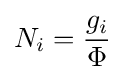
N_{i}={\frac {g_{i}}{\Phi }}